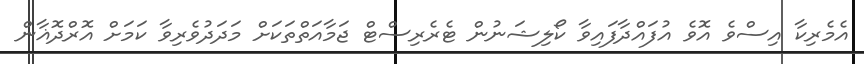
އެމެރިކާ އިސްވެ އޮވެ އުފައްދާފައިވާ ކޯލިޝަނުން ޓެރެރިސްޓް ޖަމާއަތްތަކަށް މަދަދުވެރިވާ ކަމަށް އޮރްދޮޣާން